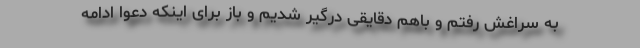
به سراغش رفتم و باهم دقایقی درگیر شدیم و باز برای اینکه دعوا ادامه